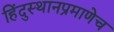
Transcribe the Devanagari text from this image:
हिंदुस्थानप्रमाणेच